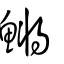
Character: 鱂